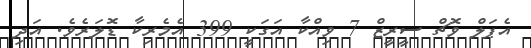
އެޕަލް ވޮޗް ސީރީޒް 7 ވިއްކާ އަގަކީ 399 އެމެރިކާ ޑޮލަރެވެ. އަދި